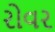
રોવર